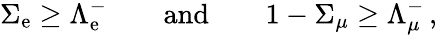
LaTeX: \Sigma_{\mathrm{e}}\geq\Lambda_{\mathrm{e}}^{-}\qquad\mathrm{{and}}\qquad1-\Sigma_{\mu}\geq\Lambda_{\mu}^{-}\, ,